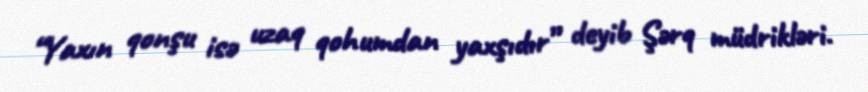
“Yaxın qonşu isə uzaq qohumdan yaxşıdır” deyib Şərq müdrikləri.